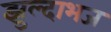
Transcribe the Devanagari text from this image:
झुल्दाभज